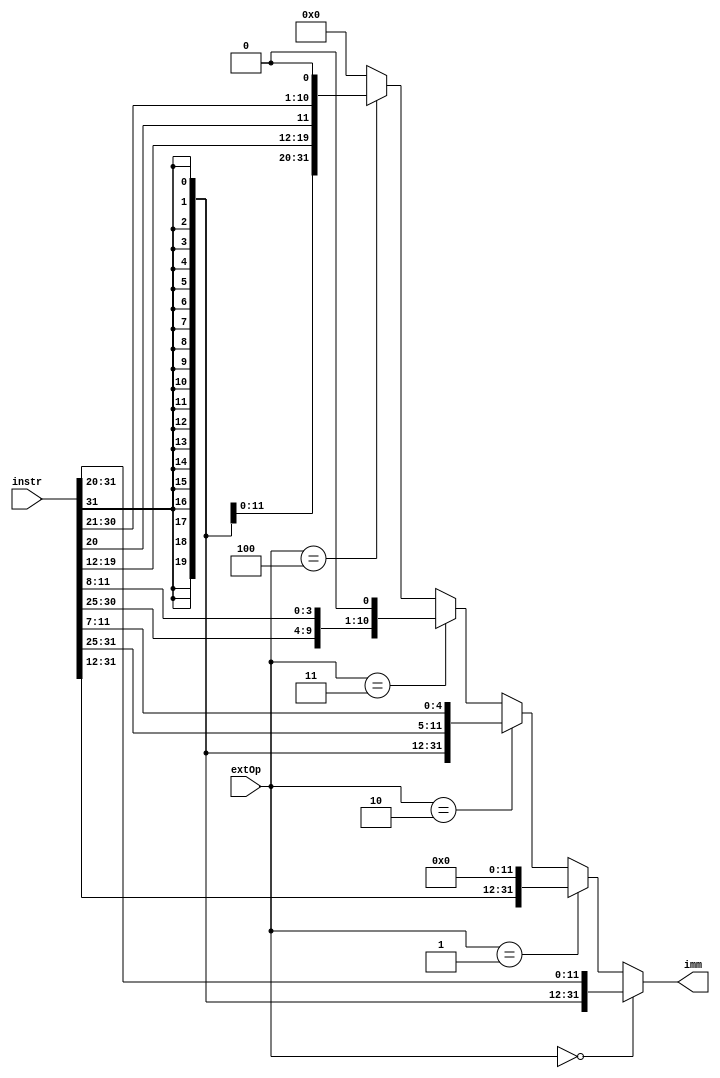
module ImmGenerator (
    input  [31:0] instr,
    input  [2:0]  extOp,
    output [31:0] imm
);

wire [31:0] immI;
wire [31:0] immU;
wire [31:0] immS;
wire [31:0] immB;
wire [31:0] immJ;

assign immI = {{20{instr[31]}}, instr[31:20]};
assign immU = {instr[31:12], 12'b0};
assign immS = {{20{instr[31]}}, instr[31:25], instr[11:7]};
assign immB = {{20{instr[31]}}, instr[7], instr[30:25], instr[11:8], 1'b0};
assign immJ = {{12{instr[31]}}, instr[19:12], instr[20], instr[30:21], 1'b0};


assign imm = extOp == 0 ? immI : (extOp == 1 ? immU : (extOp == 2 ? immS : (extOp == 3 ? immB : (extOp == 4 ? immJ : 0))));

endmodule